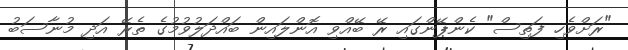
"ރަށްވެހި ފަތިސް" ކެންޕޭންގައި ރޭ ބޭއްވި އޮންލައިން ބައްދަލުވުމުގެ ތެރޭ އަދި މުނާސަބު